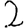
Digit: 2